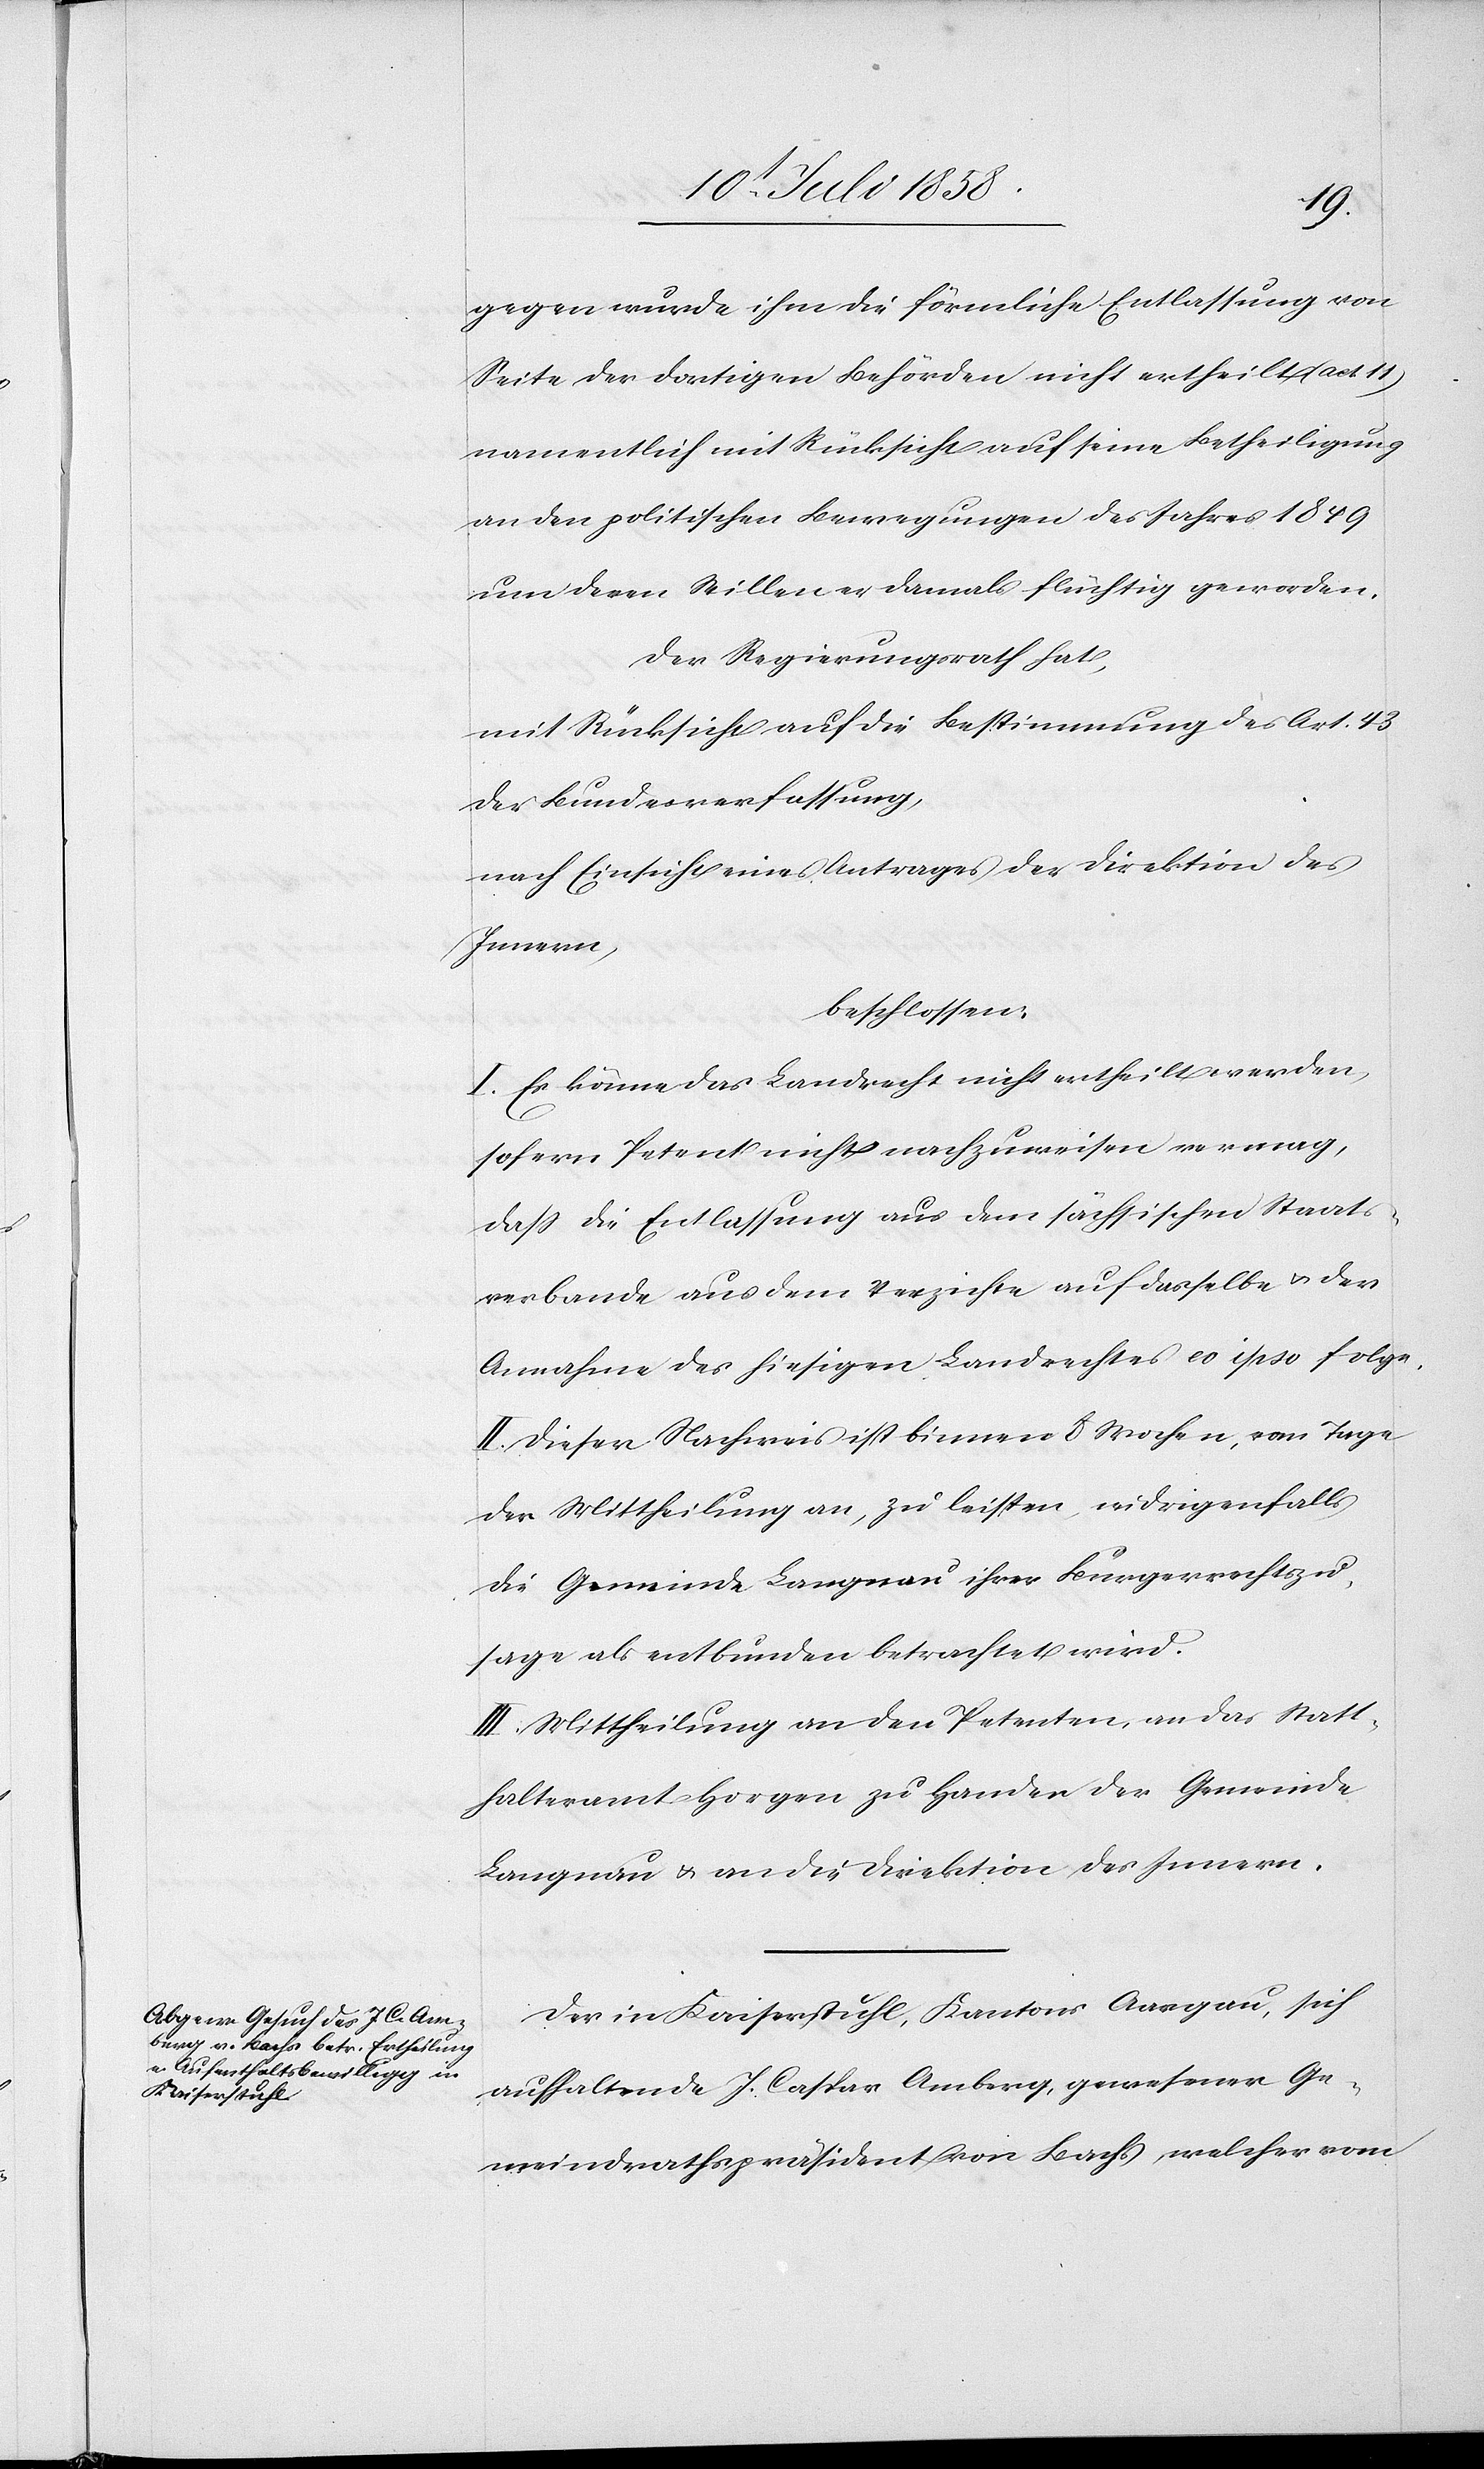
gegen wurde ihm die förmliche Entlassung von
Seite der dortigen Behörden nicht ertheilt (act.
namentlich mit Rücksicht auf seine Betheiligung
an den politischen Bewegungen des Jahres 1849
um deren Willen er damals flüchtig geworden.
Der Regierungsrath hat,
mit Rücksicht auf die Bestimmung des Art. 43
der Bundesverfassung,
nach Einsicht eines Antrages der Direktion des
Innern,
beschlossen:
I. Es könne das Landrecht nicht ertheilt werden,
sofern Petent nicht nachzuweisen vermag,
dass die Entlassung aus dem sächsischen Staats¬
verbande aus dem Verzichte auf dasselbe & der
Annahme des hiesigen Landrechtes eo ipso folge.
II. Dieser Nachweis ist binnen 8 Wochen, vom Tage
der Mittheilung an, zu leisten, widrigenfalls
die Gemeinde Langnau ihrer Bürgerrechtszu¬
sage als entbunden betrachtet wird.
III. Mittheilung an den Petenten, an das Statt¬
halteramt Horgen zu Handen der Gemeinde
Langnau & an die Direktion des Innern.
Der in Kaiserstuhl, Kantons Aargau, sich
aufhaltende J. Caspar Amberg, gewesener Ge¬
meindrathspräsident von Bachs, welcher vom